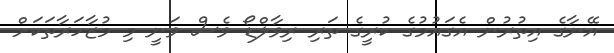
އޭނާގެ އިތުރުން އެގައުމުގެ ކުރީގެ ތަރި ރިވާލްޑޯ ވެސް ވަނީ މި މުޒާހަރާތަކަށް